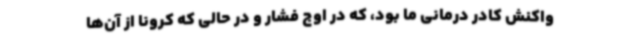
واکنش کادر درمانی ما بود، که در اوج فشار و در حالی که کرونا از آن‌ها